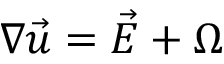
\boldsymbol { \nabla } \vec { u } = \vec { E } + \boldsymbol { \Omega }